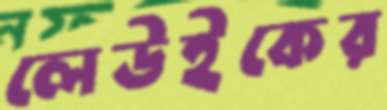
লেউইকের